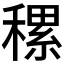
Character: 𥡜